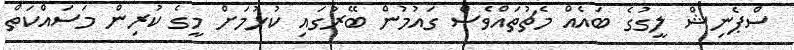
ސްޕެނިޝް ލީގުގެ ބައެއް މެޗުތައްވެސް ގައުމުން ބޭރުގައި ކުޅުމަށް މީގެ ކުރިން މަސައްކަތް